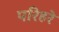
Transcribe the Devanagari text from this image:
परिहरे